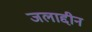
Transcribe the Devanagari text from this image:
जलाद्दीन